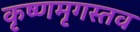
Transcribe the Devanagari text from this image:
कृष्णमृगस्तव